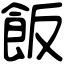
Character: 飯